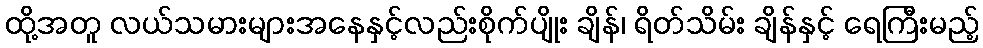
ထို့အတူ လယ်သမားများအနေနှင့်လည်းစိုက်ပျိုး ချိန်၊ ရိတ်သိမ်း ချိန်နှင့် ရေကြီးမည့်